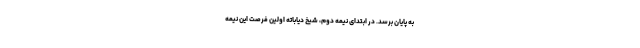
به پایان برسد. در ابتدای نیمه دوم، شیخ دیاباته اولین فرصت این نیمه